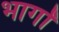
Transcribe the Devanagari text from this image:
भार्गों